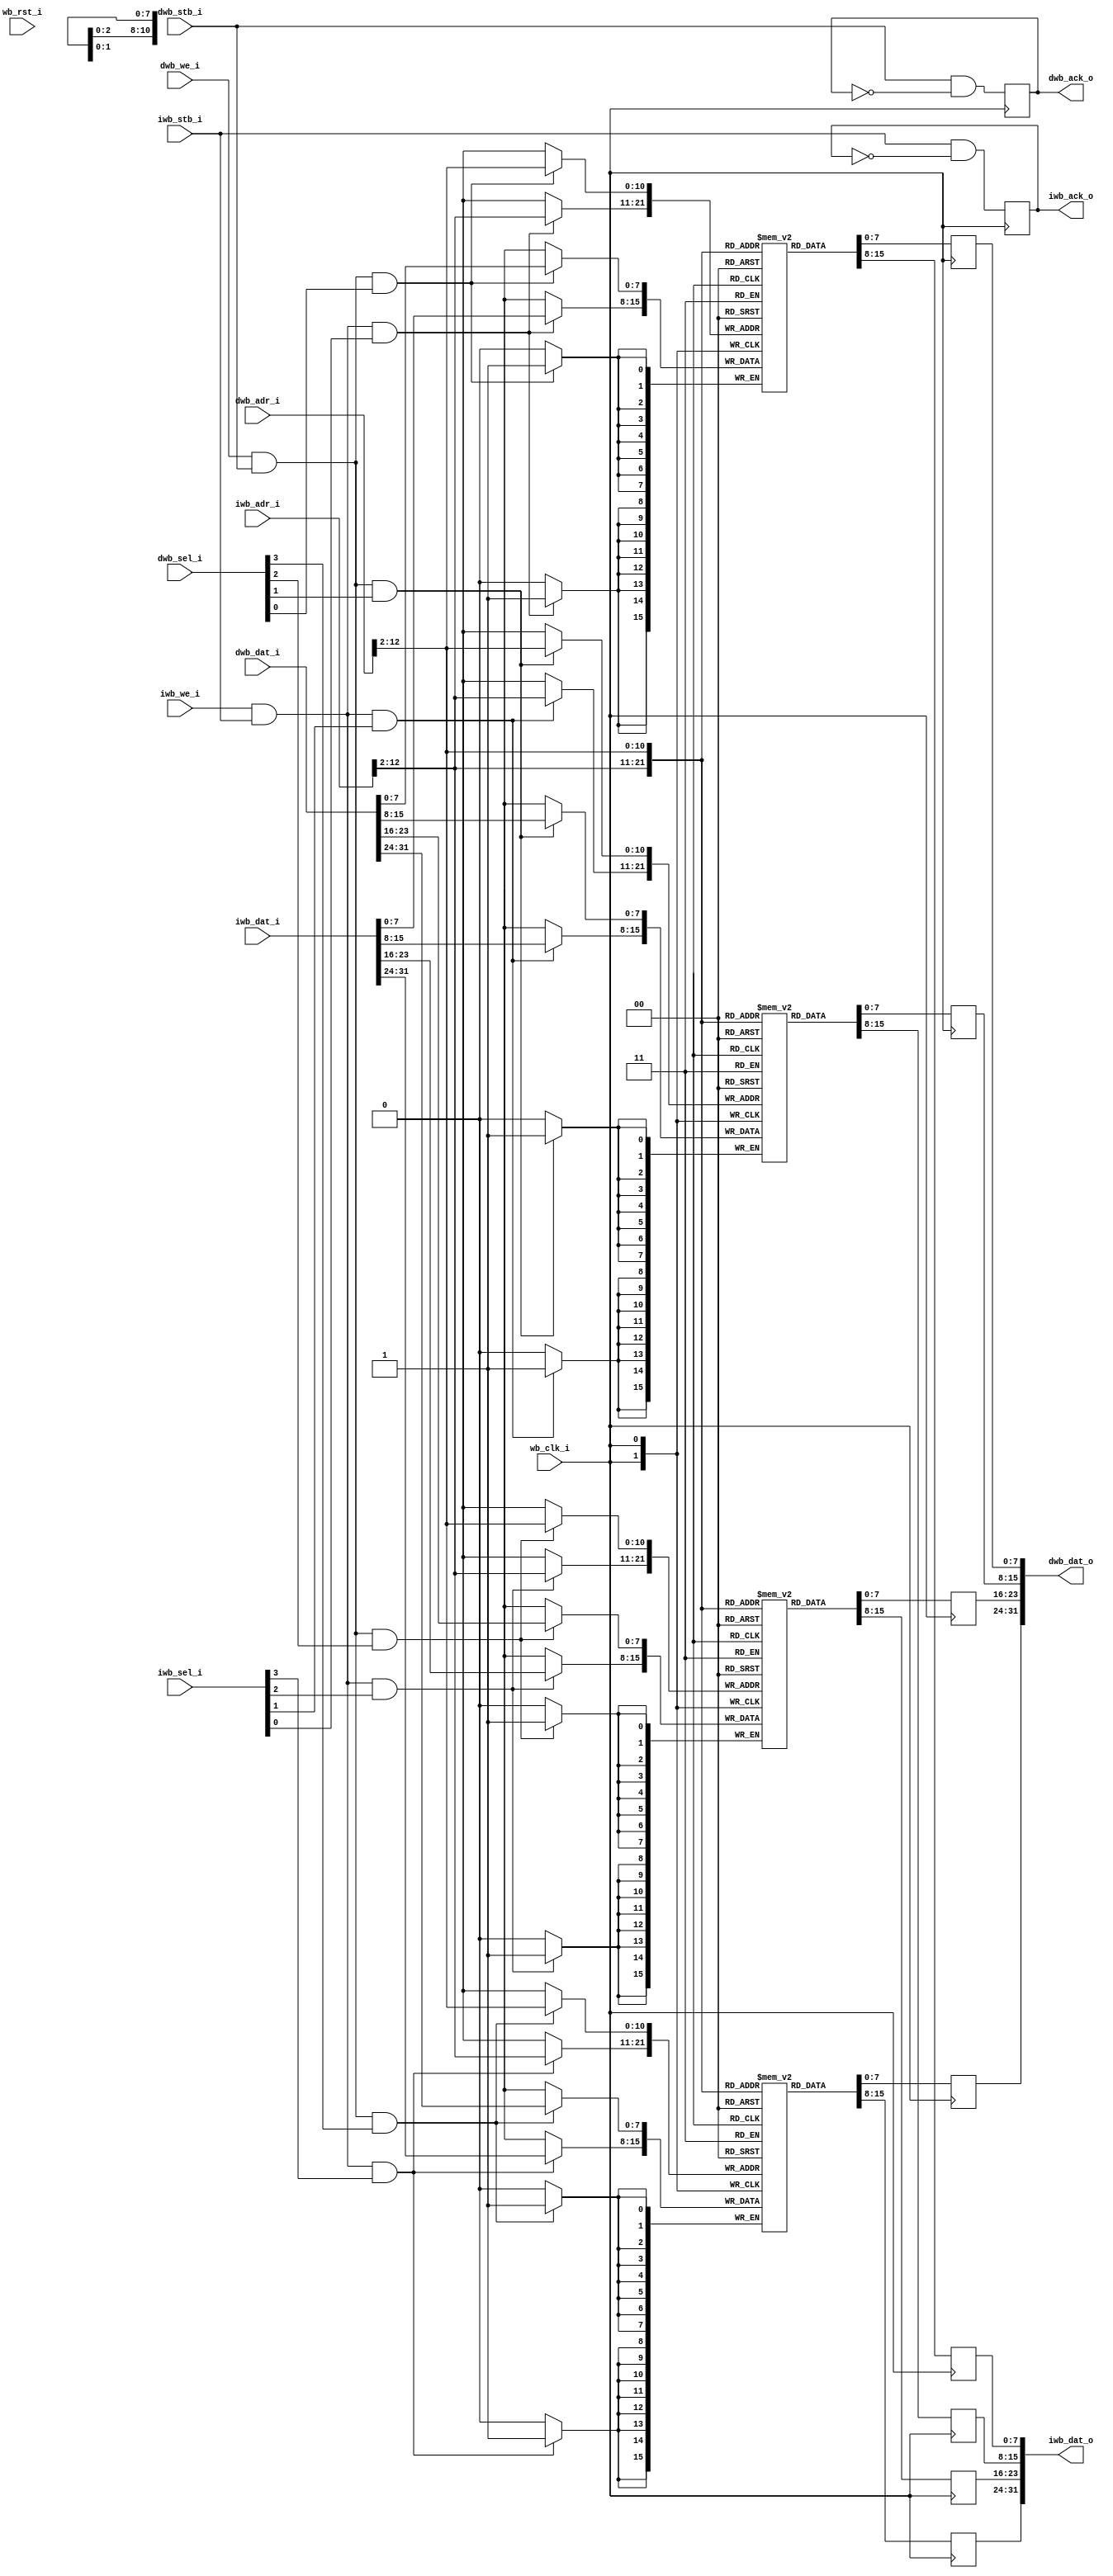
//
// Copyright 2011 Ettus Research LLC
//
// This program is free software: you can redistribute it and/or modify
// it under the terms of the GNU General Public License as published by
// the Free Software Foundation, either version 3 of the License, or
// (at your option) any later version.
//
// This program is distributed in the hope that it will be useful,
// but WITHOUT ANY WARRANTY; without even the implied warranty of
// MERCHANTABILITY or FITNESS FOR A PARTICULAR PURPOSE.  See the
// GNU General Public License for more details.
//
// You should have received a copy of the GNU General Public License
// along with this program.  If not, see <http://www.gnu.org/licenses/>.
//


// Dual ported RAM for Harvard architecture processors
//    Does no forwarding
//    Addresses are byte-oriented, so botton 2 address bits are ignored.  FIXME
//    AWIDTH of 13 gives 8K bytes.  For Spartan 3, if the total RAM size is not a
//    multiple of 8K then BRAM space is wasted

module ram_wb_harvard #(parameter AWIDTH=13)
  (input wb_clk_i,
   input wb_rst_i,
   
   input [AWIDTH-1:0] iwb_adr_i,
   input [31:0] iwb_dat_i,
   output reg [31:0] iwb_dat_o,
   input iwb_we_i,
   output reg iwb_ack_o,
   input iwb_stb_i,
   input [3:0] iwb_sel_i,
   
   input [AWIDTH-1:0] dwb_adr_i,
   input [31:0] dwb_dat_i,
   output reg [31:0] dwb_dat_o,
   input dwb_we_i,
   output reg dwb_ack_o,
   input dwb_stb_i,
   input [3:0] dwb_sel_i);
   
   reg [7:0] 	 ram0 [0:(1<<(AWIDTH-2))-1];
   reg [7:0] 	 ram1 [0:(1<<(AWIDTH-2))-1];
   reg [7:0] 	 ram2 [0:(1<<(AWIDTH-2))-1];
   reg [7:0] 	 ram3 [0:(1<<(AWIDTH-2))-1];
   
   // Instruction Read Port
   always @(posedge wb_clk_i)
     iwb_ack_o <= iwb_stb_i & ~iwb_ack_o;
   
   always @(posedge wb_clk_i)
     iwb_dat_o[31:24] <= ram3[iwb_adr_i[AWIDTH-1:2]];
   always @(posedge wb_clk_i)
     iwb_dat_o[23:16] <= ram2[iwb_adr_i[AWIDTH-1:2]];
   always @(posedge wb_clk_i)
     iwb_dat_o[15:8] <= ram1[iwb_adr_i[AWIDTH-1:2]];
   always @(posedge wb_clk_i)
     iwb_dat_o[7:0] <= ram0[iwb_adr_i[AWIDTH-1:2]];
   
   always @(posedge wb_clk_i)
     if(iwb_we_i & iwb_stb_i & iwb_sel_i[3])
       ram3[iwb_adr_i[AWIDTH-1:2]] <= iwb_dat_i[31:24];
   always @(posedge wb_clk_i)
     if(iwb_we_i & iwb_stb_i & iwb_sel_i[2])
       ram2[iwb_adr_i[AWIDTH-1:2]] <= iwb_dat_i[23:16];
   always @(posedge wb_clk_i)
     if(iwb_we_i & iwb_stb_i & iwb_sel_i[1])
       ram1[iwb_adr_i[AWIDTH-1:2]] <= iwb_dat_i[15:8];
   always @(posedge wb_clk_i)
     if(iwb_we_i & iwb_stb_i & iwb_sel_i[0])
       ram0[iwb_adr_i[AWIDTH-1:2]] <= iwb_dat_i[7:0];
   
   // Data Port
   always @(posedge wb_clk_i)
     dwb_ack_o <= dwb_stb_i & ~dwb_ack_o;
   
   always @(posedge wb_clk_i)
     dwb_dat_o[31:24] <= ram3[dwb_adr_i[AWIDTH-1:2]];
   always @(posedge wb_clk_i)
     dwb_dat_o[23:16] <= ram2[dwb_adr_i[AWIDTH-1:2]];
   always @(posedge wb_clk_i)
     dwb_dat_o[15:8] <= ram1[dwb_adr_i[AWIDTH-1:2]];
   always @(posedge wb_clk_i)
     dwb_dat_o[7:0]  <= ram0[dwb_adr_i[AWIDTH-1:2]];
   
   always @(posedge wb_clk_i)
     if(dwb_we_i & dwb_stb_i & dwb_sel_i[3])
       ram3[dwb_adr_i[AWIDTH-1:2]] <= dwb_dat_i[31:24];
   always @(posedge wb_clk_i)
     if(dwb_we_i & dwb_stb_i & dwb_sel_i[2])
       ram2[dwb_adr_i[AWIDTH-1:2]] <= dwb_dat_i[23:16];
   always @(posedge wb_clk_i)
     if(dwb_we_i & dwb_stb_i & dwb_sel_i[1])
       ram1[dwb_adr_i[AWIDTH-1:2]] <= dwb_dat_i[15:8];
   always @(posedge wb_clk_i)
     if(dwb_we_i & dwb_stb_i & dwb_sel_i[0])
       ram0[dwb_adr_i[AWIDTH-1:2]] <= dwb_dat_i[7:0];
   
endmodule // ram_wb_harvard